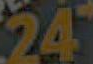
24